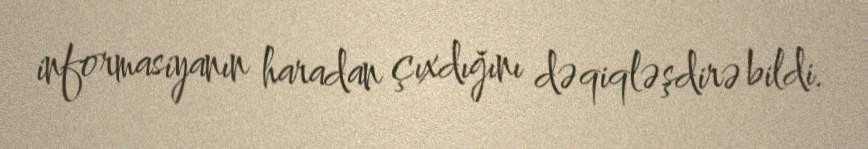
informasiyanın haradan çıxdığını dəqiqləşdirə bildi.